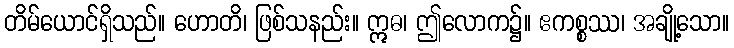
တိမ်ယောင်ရှိသည်။ ဟောတိ၊ ဖြစ်သနည်း။ ဣဓ၊ ဤလောက၌။ ဧကစ္စဿ၊ အချို့သော။